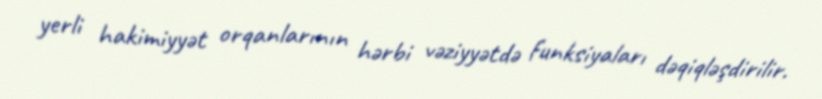
yerli hakimiyyət orqanlarının hərbi vəziyyətdə funksiyaları dəqiqləşdirilir.